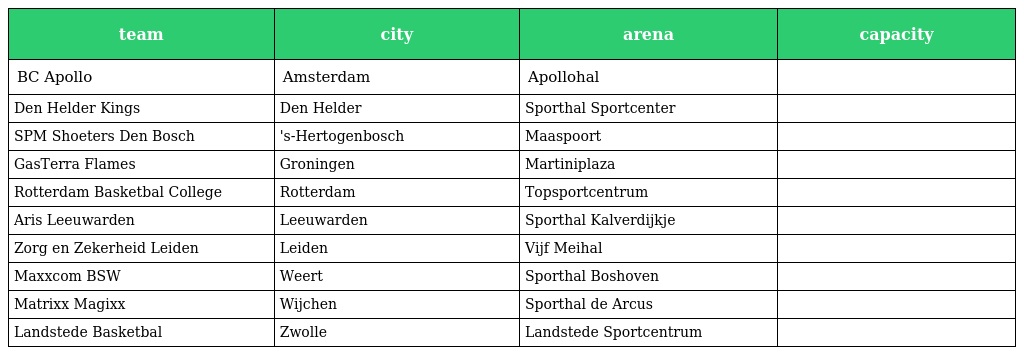
| team | city | arena | capacity |
 | --- | --- | --- | --- |
 | BC Apollo | Amsterdam | Apollohal |  |
 | Den Helder Kings | Den Helder | Sporthal Sportcenter |  |
 | SPM Shoeters Den Bosch | 's-Hertogenbosch | Maaspoort |  |
 | GasTerra Flames | Groningen | Martiniplaza |  |
 | Rotterdam Basketbal College | Rotterdam | Topsportcentrum |  |
 | Aris Leeuwarden | Leeuwarden | Sporthal Kalverdijkje |  |
 | Zorg en Zekerheid Leiden | Leiden | Vijf Meihal |  |
 | Maxxcom BSW | Weert | Sporthal Boshoven |  |
 | Matrixx Magixx | Wijchen | Sporthal de Arcus |  |
 | Landstede Basketbal | Zwolle | Landstede Sportcentrum |  |